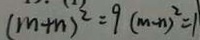
( m + n ) ^ { 2 } = 9 ( m - n ) ^ { 2 } = 1